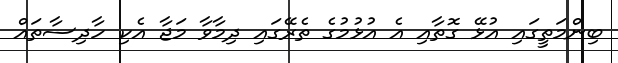
ބިންމަތީގައި އުޅޭ ގޮތާއި އެ އުޅުމުގެ ތެރޭގައި ދިމާވާ މަޖާ އެކި ހާދިސާތައް